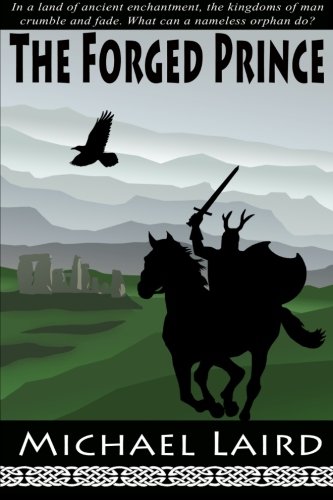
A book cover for The Forged Prince (The Chronicles of Tethera) (Volume 1); Michael Laird; Science Fiction & Fantasy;